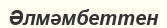
Әлмәмбеттен